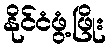
နိုင်ငံဖွံ့ဖြိုး